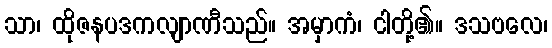
သာ၊ ထိုဇနပဒကလျာဏီသည်။ အမှာကံ၊ ငါတို့၏။ ဒသဗလေ၊